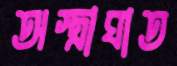
অস্ত্রাঘাত